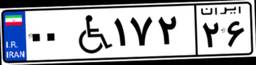
۰۰W۱۷۲۲۶